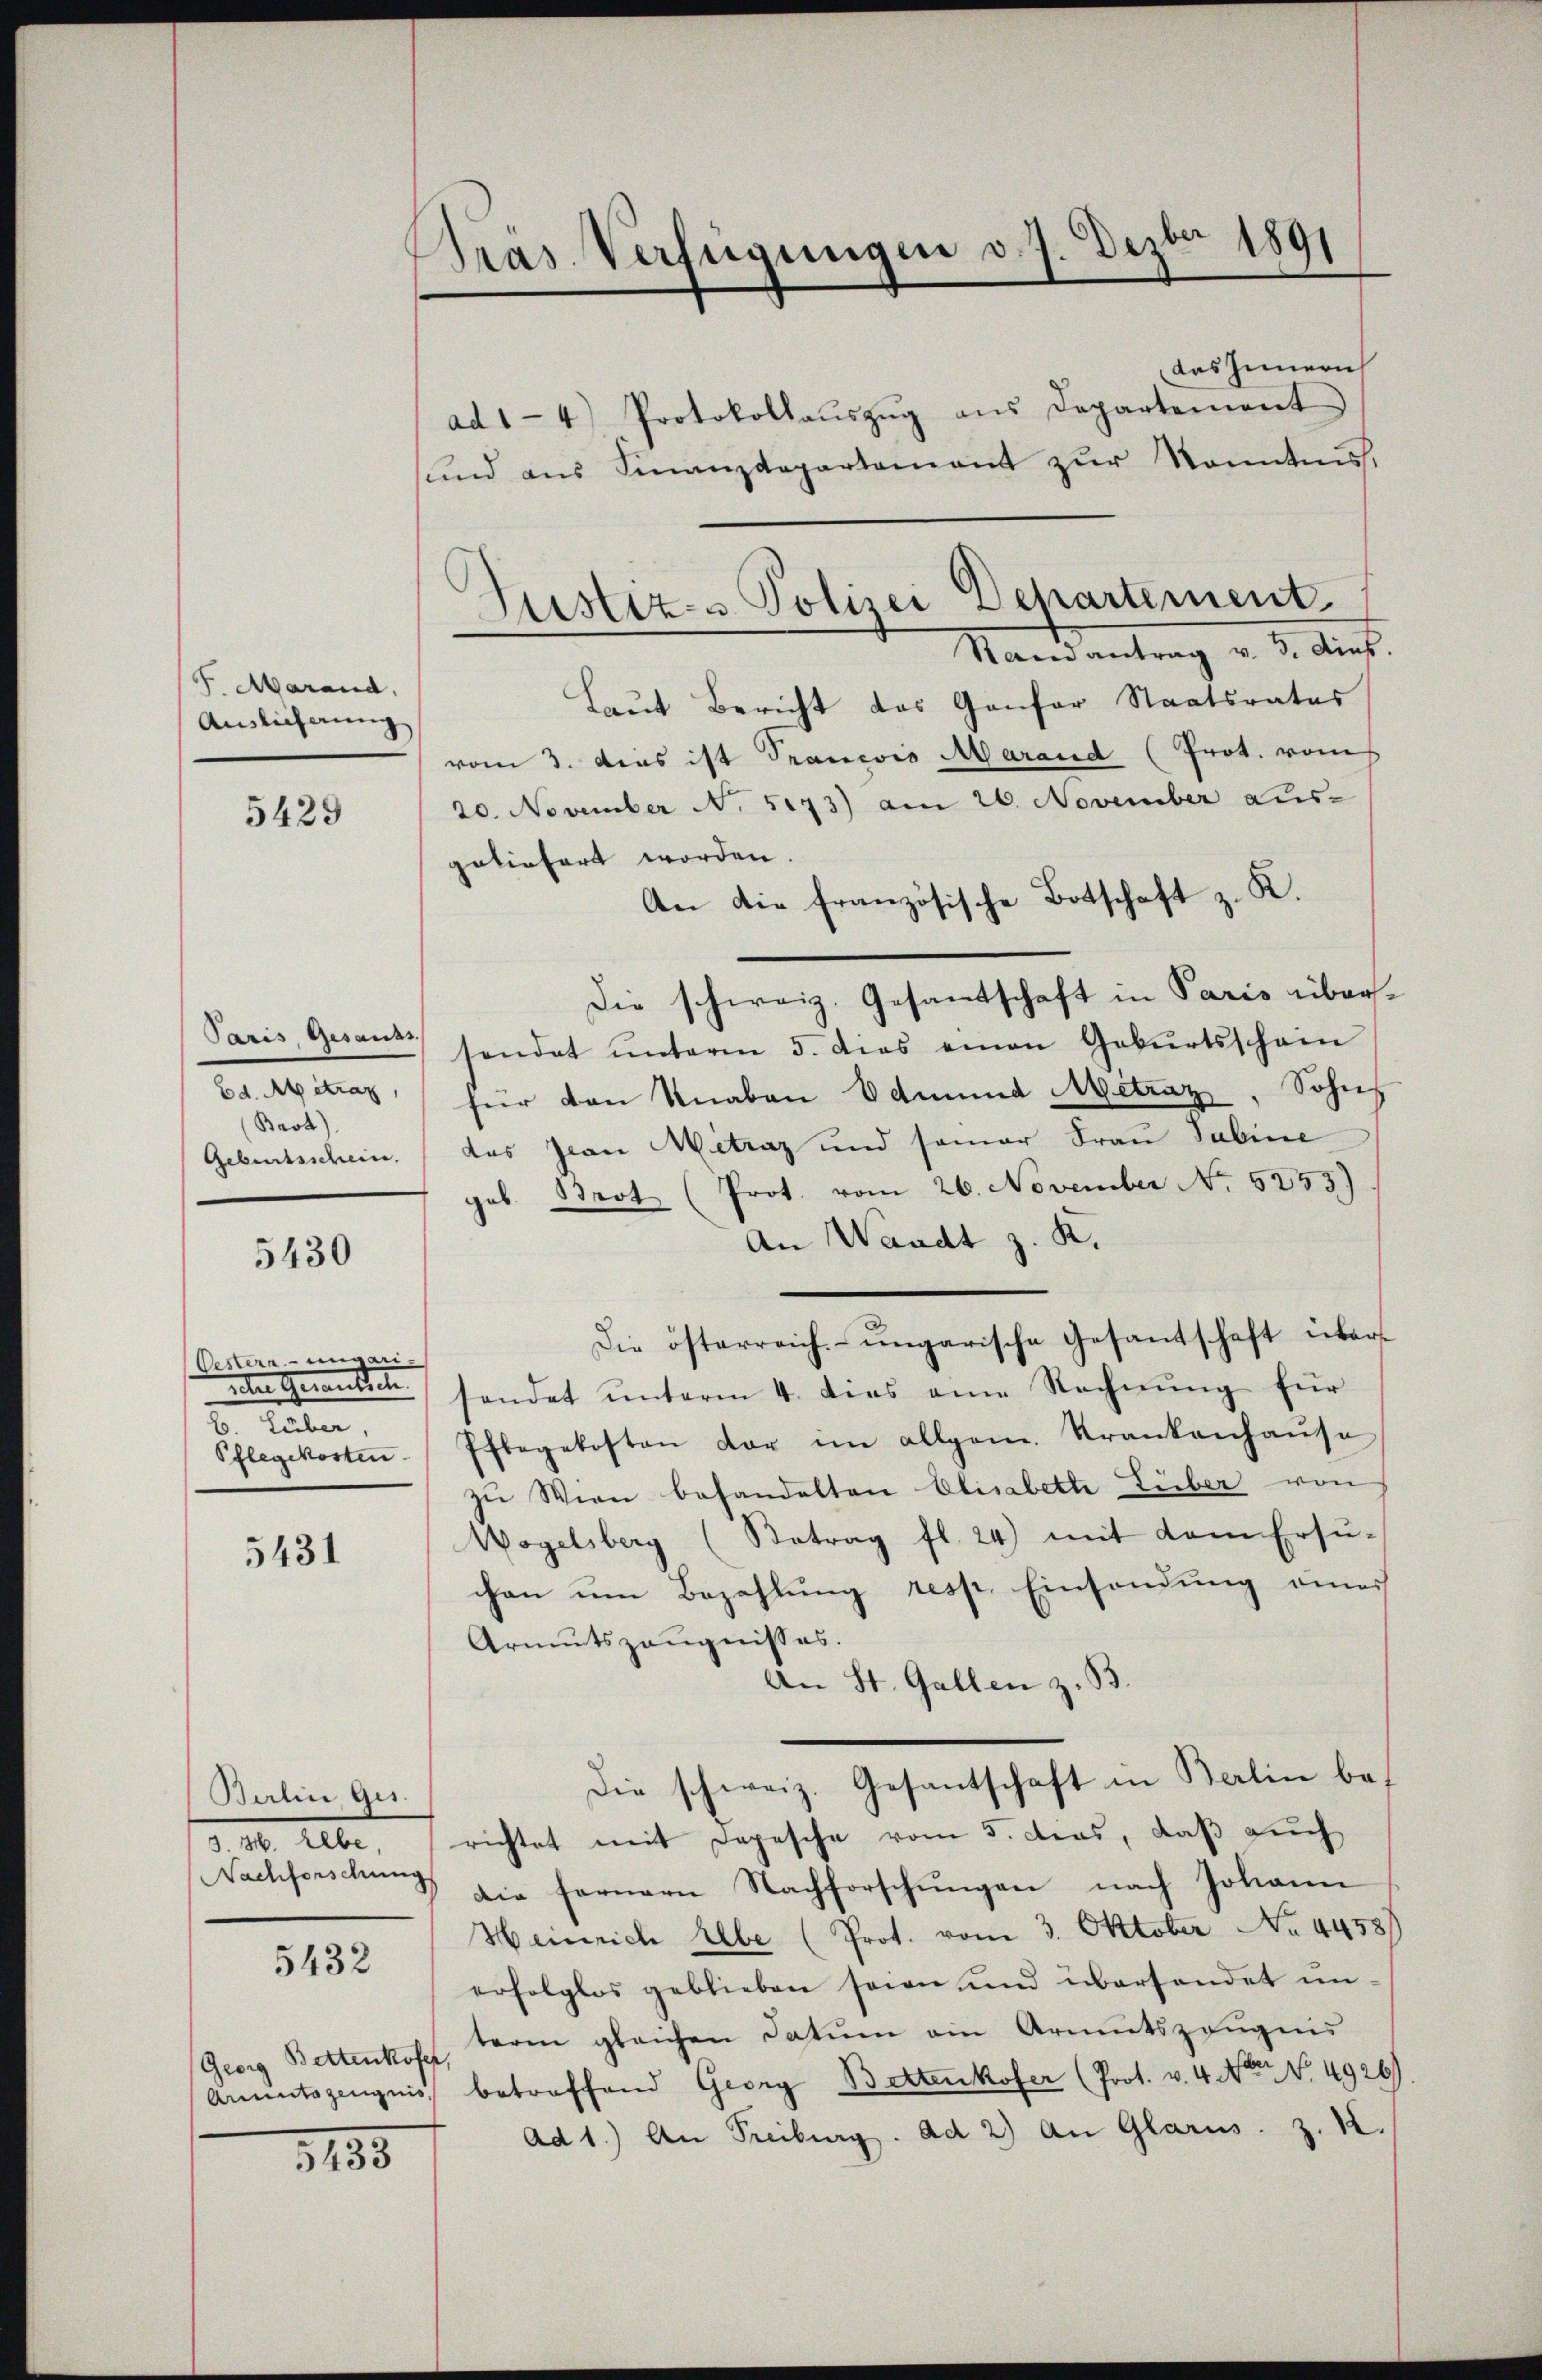
F. Marand,
Auslieferung

5429

Paris Gesauss
Ed. Mitrag,
Brot).
Geburtsschein.

5430

Oestern-ungari-
Huber,
Schlegekosten

5431

Batin ges
d. 10. Alber,
Nachforschung

5432

(Georg Bettenkofer,

3135

Pras Verfügungen v. 7. Dezbr 1891

das Innern
ad 1-4 Protokollaŭszŭg ans Departement
sund aus Finanzdepartamant zŭr Kenntnis,
Randantrag v. 3. dies
Laut Bericht das Ganfer Staatsrates
vom 3. das ist Trancois Marand (Prot. vom
20. November N. 5173) am 26. November aus-
geliefert worden.
An die französische Botschaft z. K.
Die schweiz. Gesantschaft in Paris übersendet ŭnterm 5. dies einen Gebŭrtsschein
für den Knaben Edmund Metraz, Sohns
das Jean Mitraz und semar Frau Sabine
geb. Brot (Prot. vom 26. November No 5253)
An Waadt z. K.
Die österreich-ungarische Gesantschaft über-
uter Gerantich sondet unterm 4. dies eine Rechnŭng für
Pflegekosten der im allgem. Krankenhaŭse
zŭ Wien behandelten Elisabette Liber von
Wogelsberg (Betrag fl. 24) mit dem Ersŭ-
chen um Bezahlung resp. Einsendung eines
Armutszeugnisses.
An St. Gallen z. B.
Die schweiz. Gesantschaft in Berlin berichtet mit Depesche vom 5. das, daß auch
die fernern Nachforschŭngen nach Johann
Heinrich Elbe (Prot. vom 3. Oktober No. 44581
erfolglos geblieben seien und überhandet un-
term gleichen Datum ein Armutszeugnis
Anmutszeugnis, betroffend Georg Bettenkofer (Prot. v. 4. Noter No 4926)
ad 1.) An Freiburg. ad 2) An Glarus. Z. 12.

Justiz- & Polizei Departement.